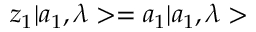
z _ { 1 } | a _ { 1 } , \lambda > = a _ { 1 } | a _ { 1 } , \lambda >